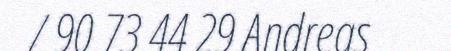
/ 90 73 44 29 Andreas